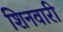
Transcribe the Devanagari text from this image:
शिनवारी